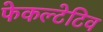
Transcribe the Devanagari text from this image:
फेकल्टेटिव